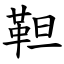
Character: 靼